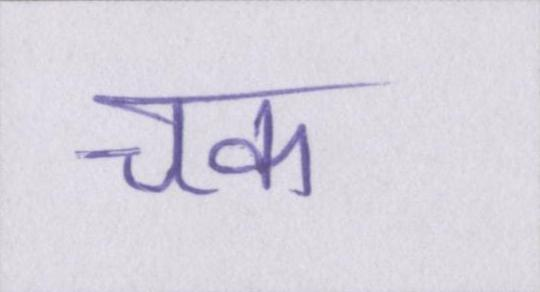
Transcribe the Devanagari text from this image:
चक